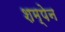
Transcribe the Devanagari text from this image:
शम्पेन